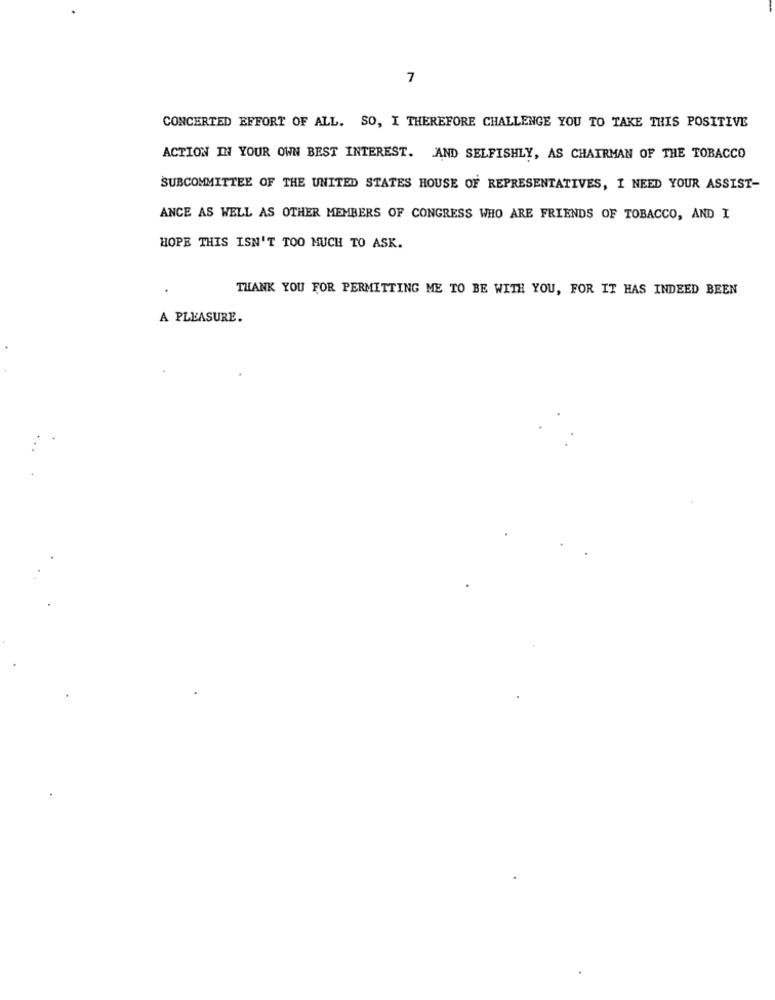
7
CONCERTED EFFORT OF ALL. SO, I THEREFORE CHALLENGE YOU TO TAKE THIS POSITIVE
ACTION IN YOUR OWN BEST INTEREST. AND SELFISHLY, AS CHAIRMAN OF THE TOBACCO
SUBCOMMITTEE OF THE UNITED STATES HOUSE OF REPRESENTATIVES, I NEED YOUR ASSIST-
ANCE AS WELL AS OTHER MEMBERS OF CONGRESS WHO ARE FRIENDS OF TOBACCO, AND I
HOPE THIS ISN'T TOO MUCH TO ASK.
THANK YOU FOR PERMITTING ME TO BE WITH YOU, FOR IT HAS INDEED BEEN
A PLEASURE.